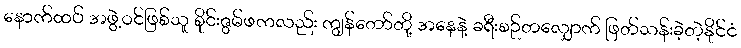
နောက်ထပ် အဖွဲ့ဝင်ဖြစ်သူ စိုင်းဇွမ်ဖကလည်း ကျွန်တော်တို့ အနေနဲ့ ခရီးစဉ်တလျှောက် ဖြတ်သန်းခဲ့တဲ့နိုင်ငံ